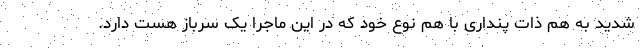
شدید به هم ذات پنداری با هم نوع خود که در این ماجرا یک سرباز هست دارد.